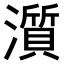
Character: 𤁩